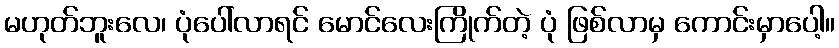
မဟုတ်ဘူးလေ၊ ပုံပေါ်လာရင် မောင်လေးကြိုက်တဲ့ ပုံ ဖြစ်လာမှ ကောင်းမှာပေါ့။